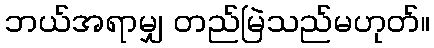
ဘယ်အရာမျှ တည်မြဲသည်မဟုတ်။